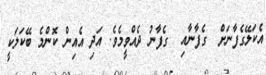
އެކަލޭގެފާނަށް  ގެފާނާއި  ގެފާނު ދެއްވީމެވެ. އަދި އެއިން ކޮންމެ ބޭކަލަކީ